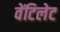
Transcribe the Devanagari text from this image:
वेंटिलेट